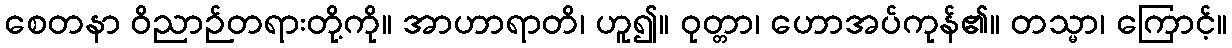
စေတနာ ဝိညာဉ်တရားတို့ကို။ အာဟာရာတိ၊ ဟူ၍။ ဝုတ္တာ၊ ဟောအပ်ကုန်၏။ တသ္မာ၊ ကြောင့်။